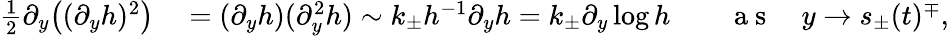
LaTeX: \begin{array}{rlrl}{\frac 12\partial_{y}\big((\partial_{y}h)^{2}\big)}&{{}=(\partial_{y}h)(\partial_{y}^{2}h)\sim k_{\pm}h^{-1}\partial_{y}h=k_{\pm}\partial_{y}\log h}&{}&{{}\mathrm{~a~s~}\quad y\to s_{\pm}(t)^{\mp},}\end{array}